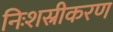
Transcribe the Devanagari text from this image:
निःशस्रीकरण